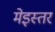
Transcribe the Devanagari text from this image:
मेइस्तर